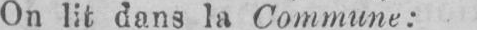
On lit dans la Commune: